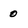
Character: 0